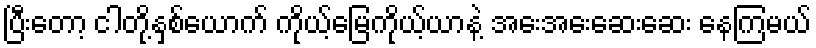
ပြီးတော့ ငါတို့နှစ်ယောက် ကိုယ့်မြေကိုယ့်ယာနဲ့ အေးအေးဆေးဆေး နေကြမယ်